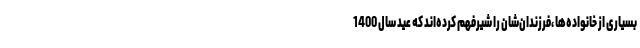
بسیاری از خانواده‌ها ،فرزندان‌شان را شیرفهم کرده‌اند که عید سال 1400